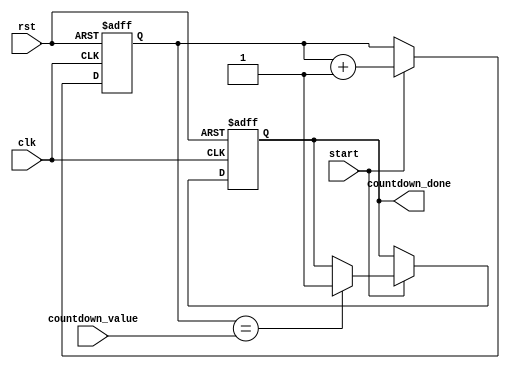
module countdown_timer (
    input wire clk,      // Clock signal
    input wire rst,      // Reset signal
    input wire start,    // Enable signal to start the countdown
    input wire [15:0] countdown_value, // Countdown value
    
    output reg countdown_done // Output signal indicating the countdown has reached zero
);

reg [15:0] counter; // Counter for tracking the remaining time

always @(posedge clk or posedge rst)
begin
    if (rst) begin
        counter <= 16'b0; // Reset the counter
        countdown_done <= 1'b0; // Reset the countdown done signal
    end
    else if (start) begin
        counter <= counter + 1; // Increment the counter every clock cycle
        if (counter == countdown_value) begin
            countdown_done <= 1'b1; // Set countdown done signal when counter matches countdown value
        end
    end
end

endmodule